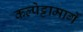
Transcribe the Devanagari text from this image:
कल्पेट्टामार्गे